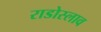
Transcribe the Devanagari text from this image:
राडोस्लाव